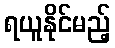
ရယူနိုင်မည့်